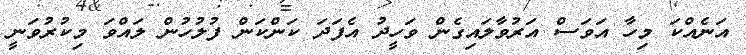
އަނެއްކަ މިހާ އަވަސް އަރުވާލައިގެން ވަހީދު އެފަދަ ކަންކަން ފުލުހުން ލައްވަ މިކުރުވަނީ